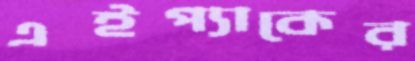
এইপ্যাকের